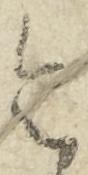
令